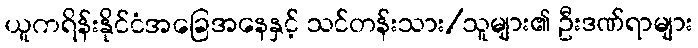
ယူကရိန်းနိုင်ငံအခြေအနေနှင့် သင်တန်းသား/သူများ၏ ဦးဒဏ်ရာများ